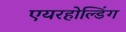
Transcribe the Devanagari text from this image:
एयरहोल्डिंग